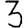
Digit: 3